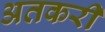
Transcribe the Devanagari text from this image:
अतकरी